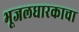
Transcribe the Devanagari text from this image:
भूजलधारकाचा